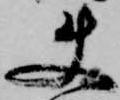
使